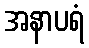
အနာပရံ